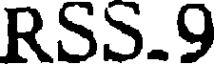
RSS.9